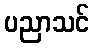
ပညာသင်